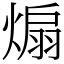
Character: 煽